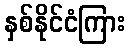
နှစ်နိုင်ငံကြား